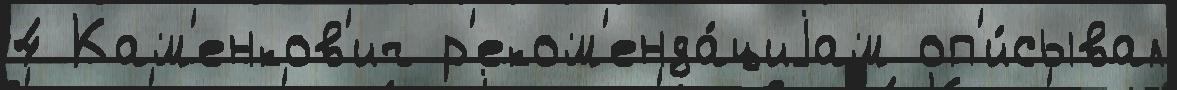
4 Кам'енков'ич р'еком'енда́циjам оп'и́сывал